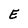
Character: E